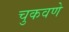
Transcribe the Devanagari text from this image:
चुकवणे